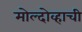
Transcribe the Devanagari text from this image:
मोल्दोव्हाची